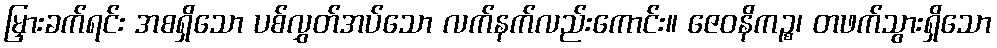
မြှားခက်ရင်း အစရှိသော ပစ်လွှတ်အပ်သော လက်နက်လည်းကောင်း။ ဇေဝနိကဉ္စ၊ တဖက်သွားရှိသော